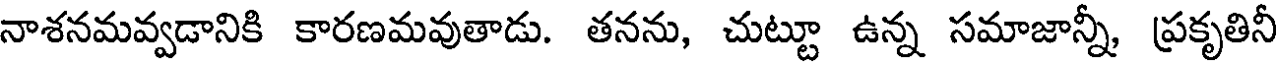
నాశనమవ్వడానికి కారణమవుతాడు. తనను, చుట్టూ ఉన్న సమాజాన్నీ, ప్రకృతినీ